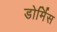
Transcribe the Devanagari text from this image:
डोर्मिस